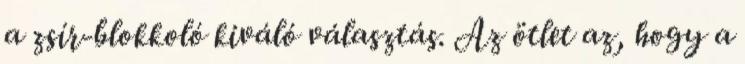
a zsír-blokkoló kiváló választás. Az ötlet az, hogy a